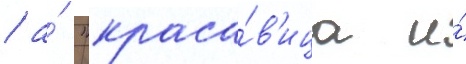
/ а́ "краса́в'ица и́